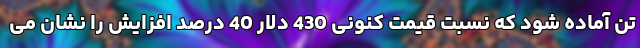
تن آماده شود که نسبت قیمت کنونی 430 دلار 40 درصد افزایش را نشان می